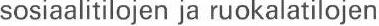
sosiaalitilojen ja ruokalatilojen